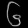
Digit: ၆